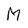
Character: M